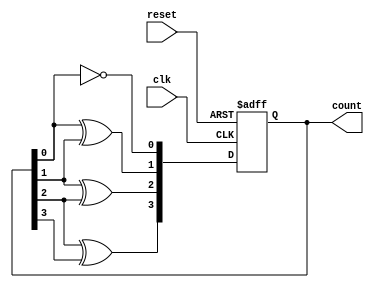
module async_ripple_counter (
    input wire clk,          // Clock input
    input wire reset,        // Asynchronous reset input
    output reg [N-1:0] count // Counter output (N bits)
);
    parameter N = 4; // Number of bits in the counter (can be modified)

    // Always block to handle the counter logic
    always @(posedge clk or posedge reset) begin
        if (reset) begin
            count <= 0; // Reset the counter to 0
        end else begin
            count[0] <= ~count[0]; // Toggle the least significant bit
            // Ripple effect for the remaining bits
            count[1] <= count[0] ^ count[1];
            count[2] <= count[1] ^ count[2];
            count[3] <= count[2] ^ count[3];
            // Add more bits as necessary based on parameter N
        end
    end
endmodule